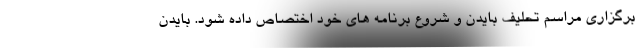
برگزاری مراسم تحلیف بایدن و شروع برنامه های خود اختصاص داده شود. بایدن